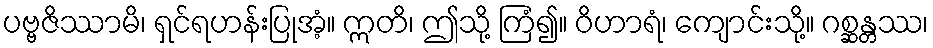
ပဗ္ဗဇိဿာမိ၊ ရှင်ရဟန်းပြုအံ့။ ဣတိ၊ ဤသို့ ကြံ၍။ ဝိဟာရံ၊ ကျောင်းသို့။ ဂစ္ဆန္တဿ၊